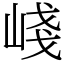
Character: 㟞